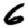
Digit: 6